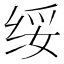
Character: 绥